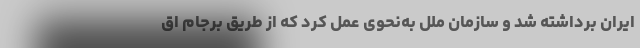
ایران برداشته شد و سازمان ملل به‌نحوی عمل کرد که از طریق برجام اق